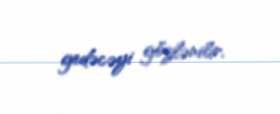
gedəcəyi gözlənilir.